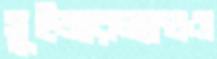
সুইজারল্যান্ডও